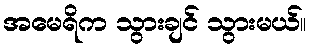
အမေရိက သွားချင် သွားမယ်။